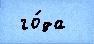
 го́да